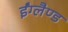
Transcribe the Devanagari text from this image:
ईंग्लैण्ड